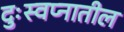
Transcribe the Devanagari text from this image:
दुःस्वप्नातील